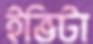
ইভিটা